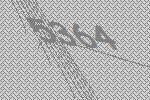
5364